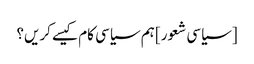
[سیاسی شعور] ہم سیاسی کام کیسے کریں؟